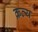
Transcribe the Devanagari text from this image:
क्रत्य